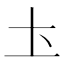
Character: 圡